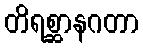
တိရစ္ဆာနဂတာ